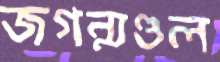
জগন্মণ্ডল